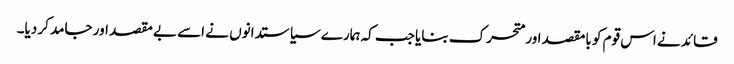
قائد نے اس قوم کو بامقصد اور متحرک بنایا جب کہ ہمارے سیاستدانوں نے اسے بے مقصد اور جامد کر دیا۔